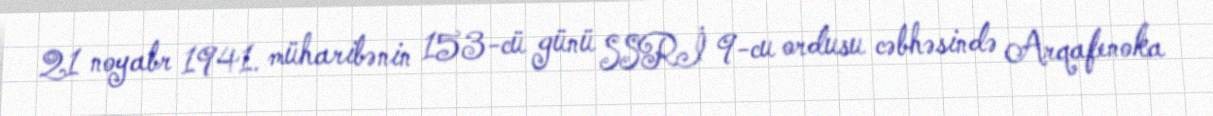
21 noyabr 1941. müharibənin 153-cü günü SSRİ 9-cu ordusu cəbhəsində Arqafenoka